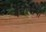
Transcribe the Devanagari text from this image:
वेचण्याचा